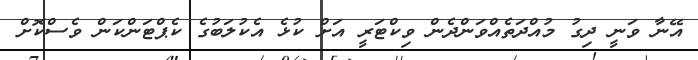
އޭނާ ވަނީ ދިގު މުއްދަތެއްވަންދެން ވިކްޓަރީ އަށް ކުޅެ އެކުލަބުގެ ކެޕްޓަންކަން ވެސްކޮށް